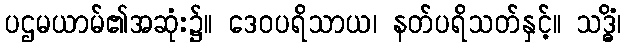
ပဌမယာမ်၏အဆုံး၌။ ဒေဝပရိသာယ၊ နတ်ပရိသတ်နှင့်။ သဒ္ဓိံ၊